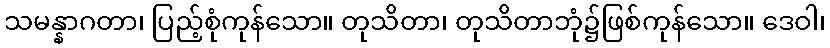
သမန္နာဂတာ၊ ပြည့်စုံကုန်သော။ တုသိတာ၊ တုသိတာဘုံ၌ဖြစ်ကုန်သော။ ဒေဝါ၊